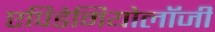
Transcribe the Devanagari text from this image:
एपिडेमियोलॉजी